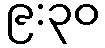
၉:၃၀